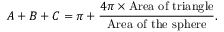
\displaystyle A + B + C = \pi + { \frac { 4 \pi \times { \mathrm { A r e a ~ o f ~ t r i a n g l e } } } { \mathrm { A r e a ~ o f ~ t h e ~ s p h e r e } } } .